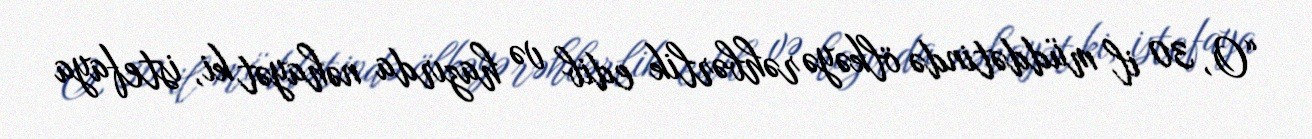
“O, 30 il müddətində ölkəyə rəhbərlik edib və hazırda nəhayət ki, istefaya